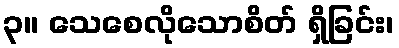
၃။ သေစေလိုသောစိတ် ရှိခြင်း၊